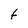
Character: t